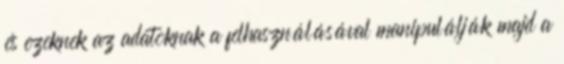
és ezeknek az adatoknak a felhasználásával manipulálják majd a